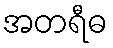
အတရီဓ